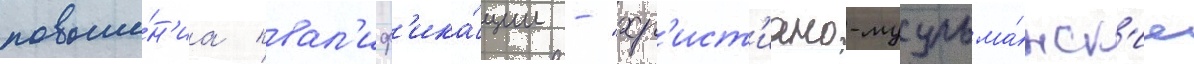
повыше́н'иа квал'иф'ика́ции - "хр'ист'иано-мусульма́нск'ие